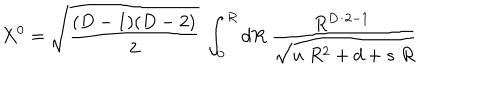
X ^ { 0 } = \sqrt { \frac { ( D - 1 ) ( D - 2 ) } { 2 } } ~ \int _ { 0 } ^ { R } d R \; { \frac { { R ^ { D / 2 - 1 } } ~ } { \sqrt { u \; R ^ { 2 } + d + s \; R } } }